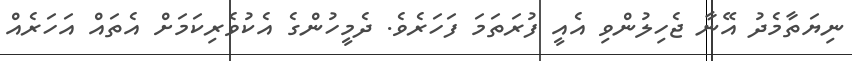
ނިޔަތާމެދު އޭނާ ޖެހިލުންވި އެއީ ފުރަތަމަ ފަހަރެވެ. ދެމީހުންގެ އެކުވެރިކަމަށް އެތައް އަހަރެއް